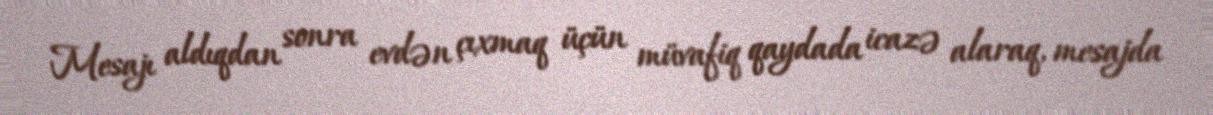
Mesajı aldıqdan sonra evdən çıxmaq üçün müvafiq qaydada icazə alaraq, mesajda